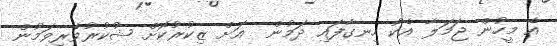
އެ މީހުން ޖަމަލާ އެކު ހިނގާފައި ދަމުން  އަށް ޒިކުރުކޮށް ޝުކުރުވެރިވަމުން